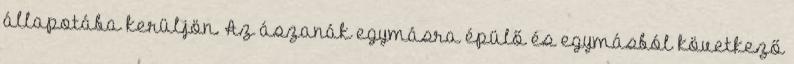
állapotába kerüljön. Az ászanák egymásra épülő és egymásból következő